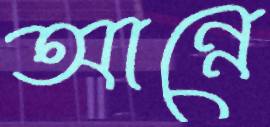
আন্নে